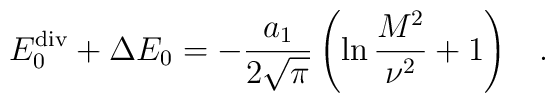
E_0^{\rm div}+\Delta E_0=-\frac{a_1}{2\sqrt{\pi}}\left( \ln\frac{M^2}{\nu^2} +1\right)\, \ \ .